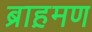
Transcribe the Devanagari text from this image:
ब्राह़मण